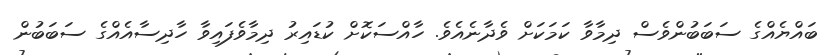
ބައްޔެއްގެ ސަބަބުންވެސް ދިމާވާ ކަމަކަށް ވެދާނެއެވެ. ހާއްސަކޮށް ކުޑައިރު ދިމާވެފައިވާ ހާދިސާއެއްގެ ސަބަބުން